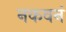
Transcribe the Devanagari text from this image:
नकवनं